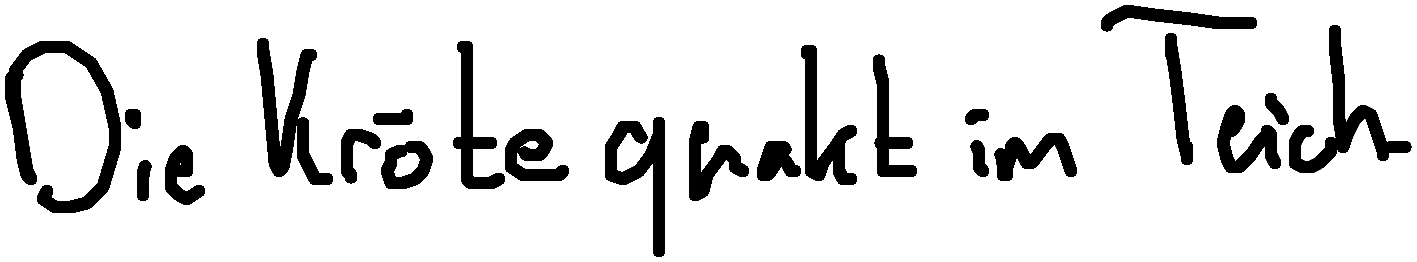
Die Kröte quakt im Teich.